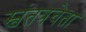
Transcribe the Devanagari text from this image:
स्वंतत्रचेता